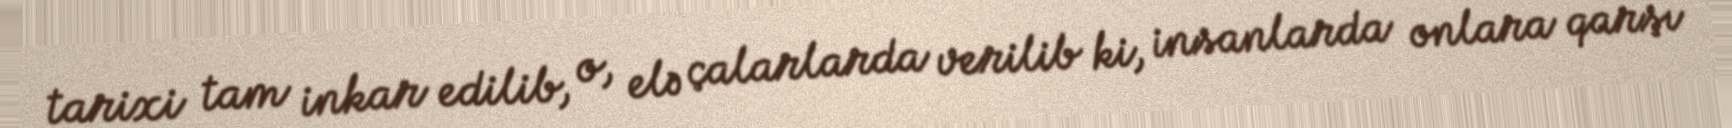
tarixi tam inkar edilib, o, elə çalarlarda verilib ki, insanlarda onlara qarşı